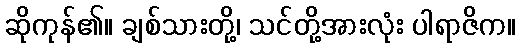
ဆိုကုန်၏။ ချစ်သားတို့၊ သင်တို့အားလုံး ပါရာဇိက။